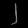
Digit: ၂